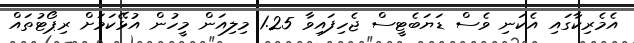
އެމެރިކާގައި އެކަނި ވެސް ޑަޔަބެޓީސް ޖެހިފައިވާ 1.25 މިލިއަން މީހުން އުޅޭކަމަށް ރިޕޯޓުތައް